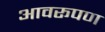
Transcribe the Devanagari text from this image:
आवरूपण